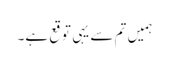
ہمیں تم سے یہی توقع ہے۔